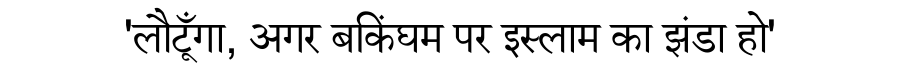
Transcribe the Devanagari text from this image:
'लौटूँगा, अगर बकिंघम पर इस्लाम का झंडा हो'